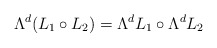
\begin{align*}\Lambda^d(L_1\circ L_2)=\Lambda^dL_1\circ\Lambda^d L_2\end{align*}